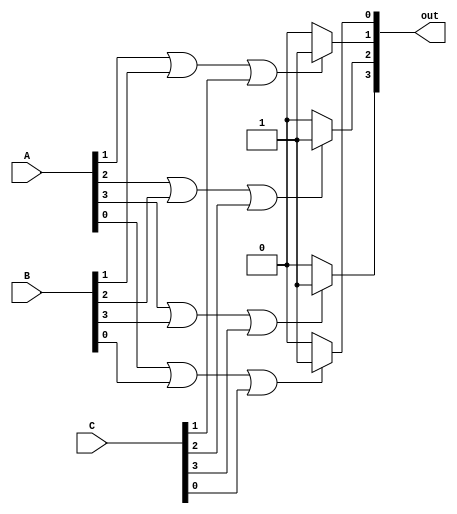
module OR_4_3In(
	input [3:0] A, B, C,
	output [3:0] out
);

 reg [2:0] i;
 reg [3:0] temp;
 
	always @(A or B or C) begin 
		for(i = 0 ; i < 4 ; i = i+1) begin
			if(A[i] == 1 || B[i] == 1 || C[i] == 1) 
				temp[i] = 1;
			else 
				temp[i] = 0;
		end
	end

assign out = temp;

endmodule